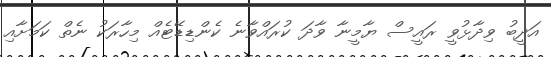
އަދީބު ވިދާޅުވީ ރައީސް ޔާމީނާ ވާދަ ކުރައްވާނެ ކެންޑިޑޭޓެއް މިހާރަކު ނެތް ކަމަށާއި